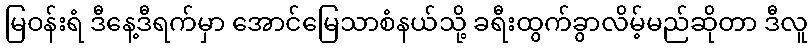
မြဝန်းရံ ဒီနေ့ဒီရက်မှာ အောင်မြေသာစံနယ်သို့ ခရီးထွက်ခွာလိမ့်မည်ဆိုတာ ဒီလူ